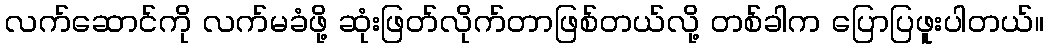
လက်ဆောင်ကို လက်မခံဖို့ ဆုံးဖြတ်လိုက်တာဖြစ်တယ်လို့ တစ်ခါက ပြောပြဖူးပါတယ်။